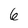
Character: 6